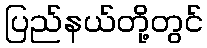
ပြည်နယ်တို့တွင်